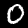
Label: 0